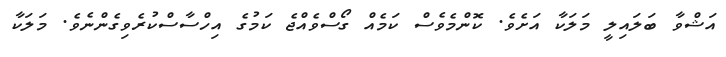
އަޝްވާ ބަލައިލީ މަލަކާ އަށެވެ. ކޮންމެވެސް ކަމެއް ގޯސްވެއްޖެ ކަމުގެ އިހްސާސްކުރެވިގެންނެވެ. މަލަކާ